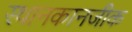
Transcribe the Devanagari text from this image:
स्थानकानजीक